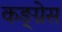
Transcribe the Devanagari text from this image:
कङ्ग्रेस